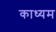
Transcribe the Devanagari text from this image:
काध्यम